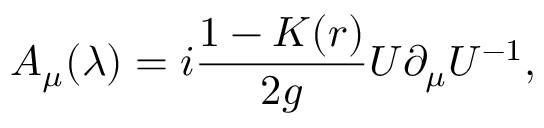
A _ { \mu } ( \lambda ) = i \frac { 1 - K ( r ) } { 2 g } U \partial _ { \mu } U ^ { - 1 } , \;